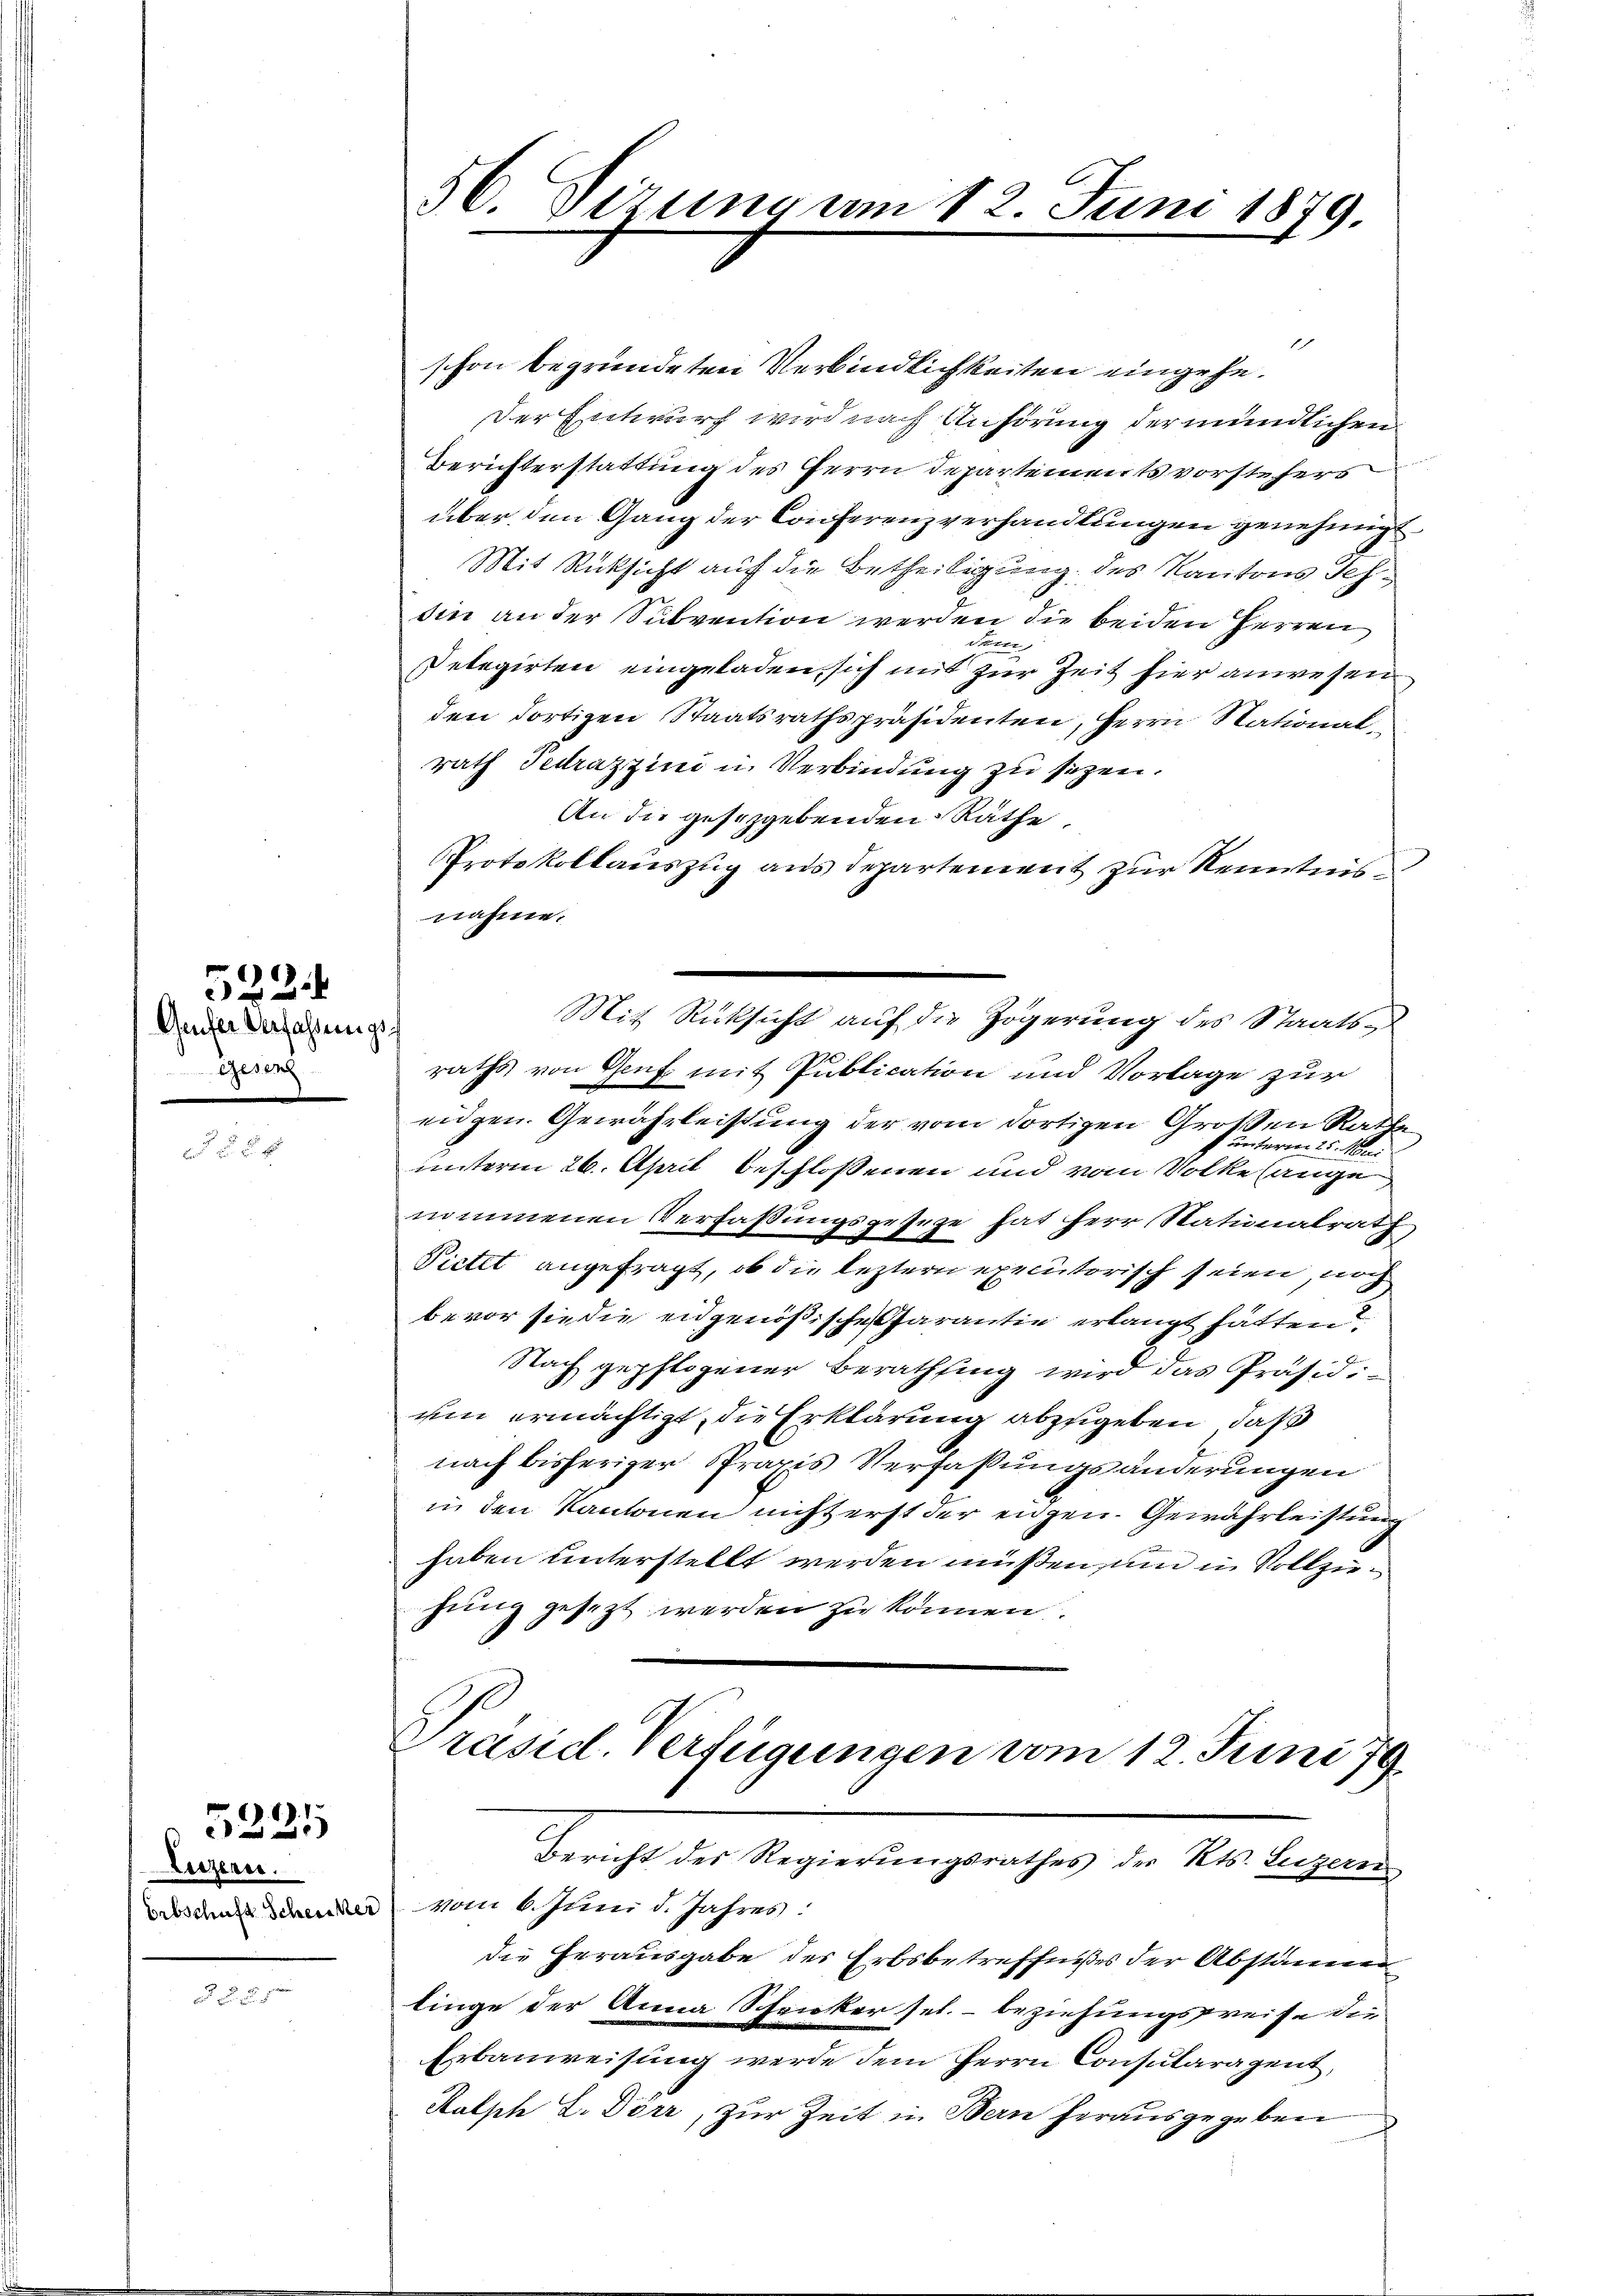
522

Amfer Verfassung
Gesan

Luzern.

.V. P. 1.

h

56. Sizung am 12. Juni 1879.

1
schon begründeten Verbindlichkeiten eingehe¬
Der Entwurf wird nach Anhörung der mündlichen
Berichterstattung des Herrn Departementsvorstehers
über den Gang der Conferenzverhandlungen genehmigt
Mit Rücksicht auf die Betheiligung des Kantons Schsin an der Subvention werden die beiden Herren
Pelegirten eingeladen, sich mit zur Zeit hier anwesen
den dortigen Staatsrathspräsidenten, Herrn Nationalrath Tedrazzini in Verbindung zu sezen.
An die gesetzgebenden Räthe
Protokollauszug aus Departement zur Kenntnisnahme.
raths von Genf mit Publication und Vorlage zur
eidgen. Gewährleistung der vom dortigen Großen Rathe
 unterm 25. Mai
unterm 26. April beschlossenen und vom Volke lange
nommenen Verfassungsgeseze hat herr Nationalrath
Pietet angefragt, ob die leztern executorisch seien, noch
bevor sie die eidgenößische Garantie erlangt hätten
Nach gepflogener Berathsing wird das Präsidium ermächtigt, die Erklärung abzugeben, daß
nach bisheriger Praxis Verfaßungsänderungen
in den Kantonen nicht erst der engen. Gewährleistung
haben unterstellt werden müßen sind in Vollzuhung gesezt werden zu können.

Mit Rücksicht auf die Zögerung des Staats¬

Präsid. Verfügungen vom 12. Juni 179
Bericht des Regierungsrathes der Kts. Luzeres
Erbschen der vom 6. Juni d. Jahres.

die Herausgabe des Erbsbetreffnißes der Abstämmenlinge der Anna Schenker sel.- beziehungspreise die
Erbauweisung werde dem Herrn Consularagent,
Kalph L. Dörr, zur Zeit in Bern herausgegeben